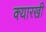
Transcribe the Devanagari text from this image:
क्यारखी